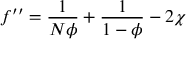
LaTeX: f ^ { \prime \prime } = { \frac { 1 } { N \phi } } + { \frac { 1 } { 1 - \phi } } - 2 \chi